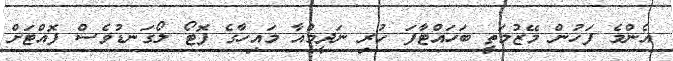
އެންމެ ފަހުން މޭޒުމަތީ ބަހައްޓާފަ ހުރި ނަދީމްއާ މައިހާގެ ފޮޓޯ ލޯގަނޑުވެސް ފޮއްޓަށް